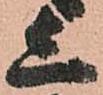
上